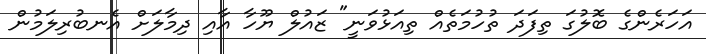
އަހަރެންގެ ބޮލުގަ ތިފަދަ ތުހުމަތެއް ތިއަޅުވަނީ" ޒައުލް ޔޫހާ އާއި ދިމާލަށް އެނބުރިލަމުން